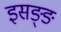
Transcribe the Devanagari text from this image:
इसङ्ङ